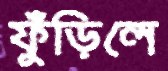
ফুঁড়িলে